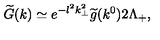
\widetilde { G } ( k ) \simeq e ^ { - l ^ { 2 } k _ { \perp } ^ { 2 } } \widetilde { g } ( k ^ { 0 } ) 2 \Lambda _ { + } ,